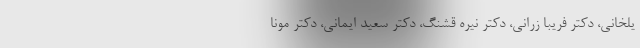
یلخانی، دکتر فریبا زرانی، دکتر نیره قشنگ، دکتر سعید ایمانی، دکتر مونا